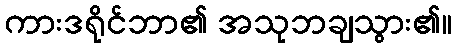
ကားဒရိုင်ဘာ၏ အသုဘချသွား၏။